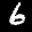
Label: 6